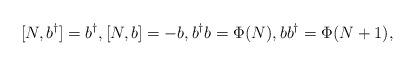
LaTeX: \begin{align*} [N,b^{\dagger}]=b^{\dagger},[N,b]=-b, b^{\dagger}b=\Phi(N),bb^{\dagger}=\Phi(N+1), \end{align*}